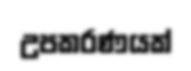
උපකරණයක්